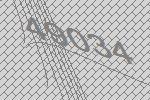
49034